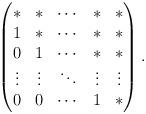
LaTeX: \begin{align*}\begin{pmatrix} * & * &\cdots &*&*\\1&*&\cdots&*&*\\0&1&\cdots&*&*\\\vdots&\vdots&\ddots&\vdots&\vdots\\0&0&\cdots&1&* \end{pmatrix}. \end{align*}